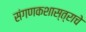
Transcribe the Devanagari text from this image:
संगणकशास्त्राचे